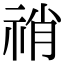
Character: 𥙬